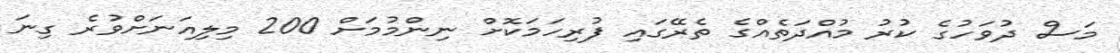
މަސް ދުވަހުގެ ކުރު މުއްދަތެއްގެ ތެރޭގައި ފުރިހަމަކޮށް ނިންމުމަށް 200 މިލިއަނަށްވުރެ ގިނަ